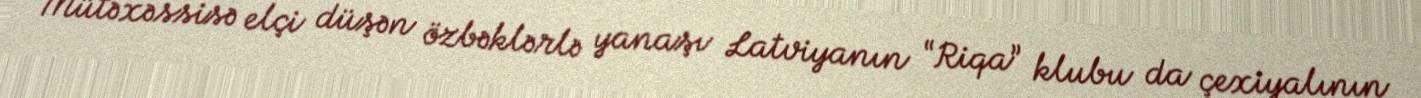
Mütəxəssisə elçi düşən özbəklərlə yanaşı Latviyanın “Riqa” klubu da çexiyalının